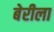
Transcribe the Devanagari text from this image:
बेरीला